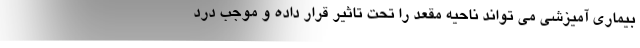
بیماری آمیزشی می تواند ناحیه مقعد را تحت تاثیر قرار داده و موجب درد